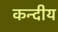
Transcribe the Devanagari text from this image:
कन्दीय